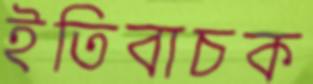
ইতিবাচক